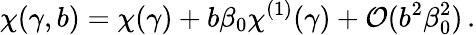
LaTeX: \chi(\gamma,b)=\chi(\gamma)+b\beta_{0}\chi^{(1)}(\gamma)+{\mathcal O}(b^{2}\beta_{0}^{2})\, .